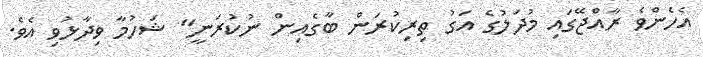
އެހެންވެ ރާއްޖޭގައި މުދަލުގެ އަގު ތިރިކުރަން ބާގެއިން ނުކުރަނީ" ޝަހުމާ ވިދާޅުވި އެވެ.